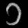
Digit: ၁